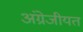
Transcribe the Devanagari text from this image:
अंग्रेजीयत